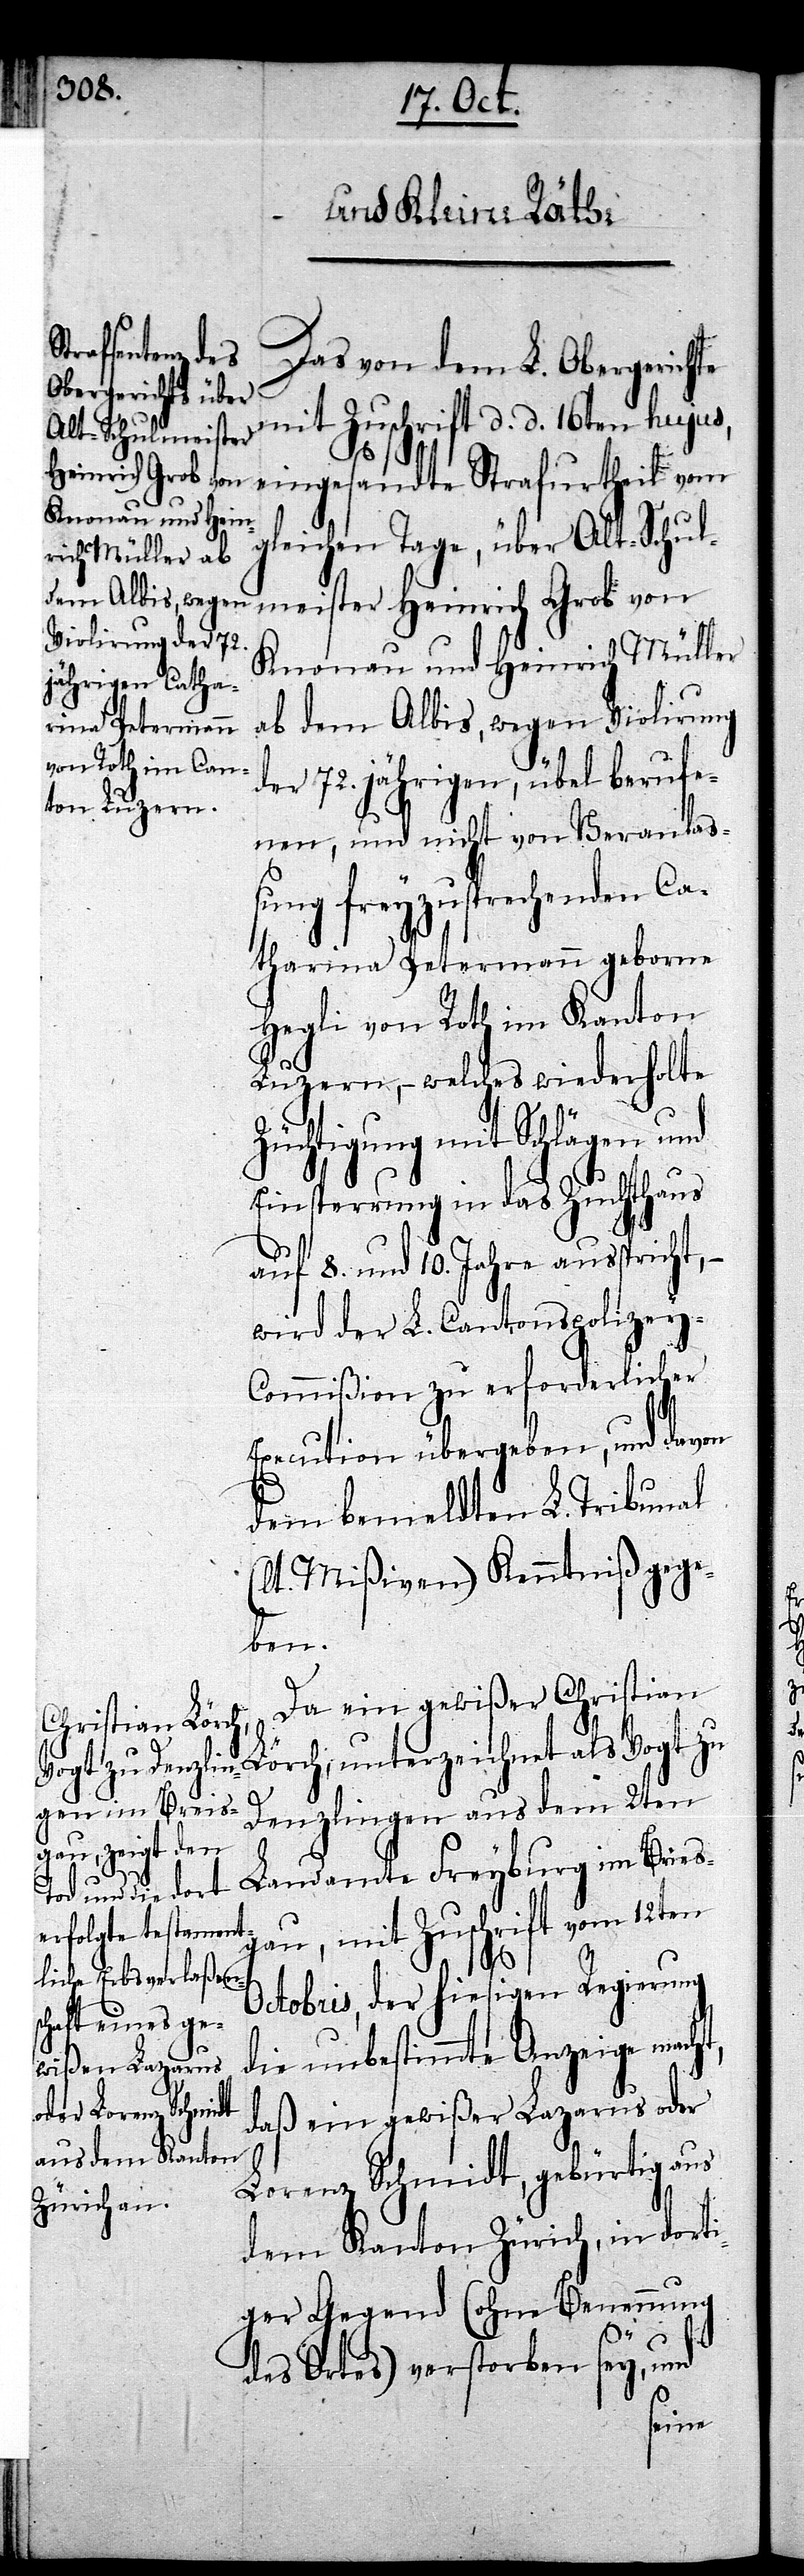
Das von dem L. Obergerichte
mit Zuschrift d. d. 16ten hujus,
als
Heinrich Grob von
eingesandte Strafurtheil vom
gleichen Tage, über Alt-Schul¬
Knonau und Heinrich Müller
ab dem Albis, wegen Violirung
der 72. jährigen, übel berufe¬
nen, und nicht von Veranla¬
ßung freyzusprechenden Ca¬
tharina Petermann geborne
Hegli von Roth im Kanton
Luzern, – welches wiederholte
Züchtigung mit Schlägen und
Einsperrung in das Zuchthaus
auf 8. und 10. Jahre ausspricht, –
wird der L. Cantonspolizey-C¬
ommißion zu erforderlicher
Execution übergeben, und davon
dem bemeldten L. Tribunal
(lt. Mißiven) Kenntniß gege¬
ben.
Da ein gewißer Christian
Denzlingen aus dem 2ten
Landamte Freyburg im Briesg¬
au, mit Zuschrift vom 12ten
Octobris, der hiesigen Regierung
die unbestimmte Anzeige macht,
daß ein gewißer Lazarus oder
Lorenz Schmidt, gebürtig aus
dem Kanton Zürich, in dorti¬
ger Gegend (ohne Benennung
des Ortes) verstorben sey, und